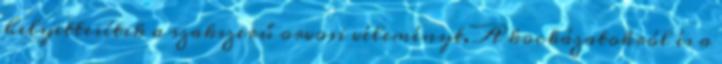
helyettesítik a szakszerű orvosi véleményt. A kockázatokról és a